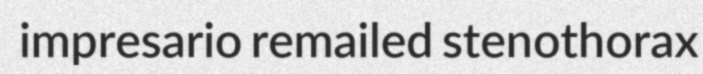
impresario remailed stenothorax